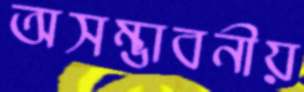
অসম্ভাবনীয়